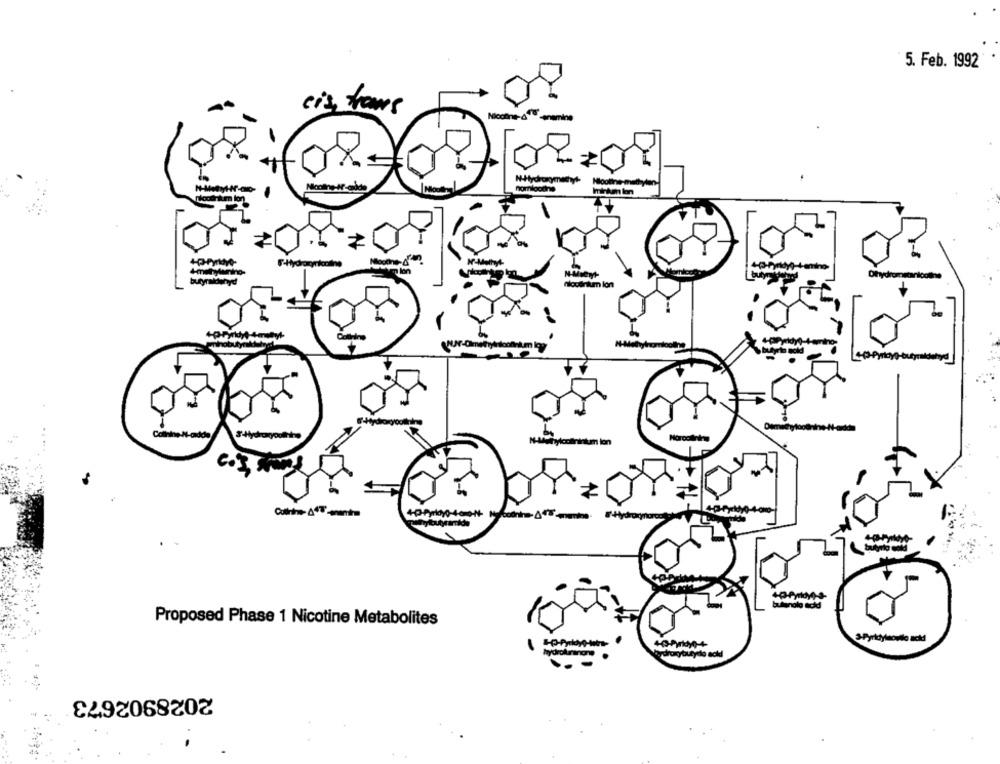
5. Feb. 1992
city trans
Nicotine- au
Hlooline-math
M-Methy
butyraldehyd
nicolinium lon
-Cameh
butyrio acid
Hp-Pyridy ,- bu
Marcolini
bulgnolo acid
Proposed Phase 1 Nicotine Metabolites
3-Pyridylsowie ack
hydroxybutydlo ackl
2028902673